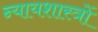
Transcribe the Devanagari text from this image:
न्यायशास्त्रों